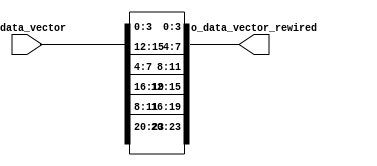
/*------------------------------------------------------------------------------
 -- Project     : CL40010
 -------------------------------------------------------------------------------
 -- File        : common_a1a2b1b2_to_a1b1a2b2_rewire.v
 -- Author      : Ramiro R. Lopez
 -- Originator  : Clariphy Argentina S.A.
 -- Date        : 2010-10-12
 --
 -- Rev 0       : Initial release. RRL.
 --
 -- $Id: common_a1a2b1b2_to_a1b1a2b2_rewire.v 8248 2016-09-14 14:37:55Z rlopez $
 -------------------------------------------------------------------------------
 -- Description : .
 -------------------------------------------------------------------------------
 -- Copyright (C) 2009 ClariPhy Argentina S.A.  All rights reserved 
 ------------------------------------------------------------------------------*/

//`timescale  1ns/1ps

module common_a1a2b1b2_to_a1b1a2b2_rewire
#(
    // PARAMETERS.
    parameter                                                   NB_SYMBOL           = 4,
    parameter                                                   N_SYMBOLS_X_WORD    = 3,
    parameter                                                   N_WORDS             = 2
)
(
    // OUTPUTS.
    output  wire    [NB_SYMBOL*N_WORDS*N_SYMBOLS_X_WORD-1:0]    o_data_vector_rewired,
    // INPUTS.
    input   wire    [NB_SYMBOL*N_WORDS*N_SYMBOLS_X_WORD-1:0]    i_data_vector
);

    // For "quick instantiation".
    /*
    common_a1a2b1b2_to_a1b1a2b2_rewire
    #(
        .NB_SYMBOL              (   ),
        .N_SYMBOLS_X_WORD       (   ),
        .N_WORDS                (   )
    )
    u_common_a1a2b1b2_to_a1b1a2b2_rewire
    (
        .o_data_vector_rewired  (   ),
        .i_data_vector          (   )
    );
    */

    // LOCAL PARAMETERS.
    localparam                                                  NB_DATA             = NB_SYMBOL*N_SYMBOLS_X_WORD;


    // INTERNAL SIGNALS.
    genvar                                                      ii;
    genvar                                                      jj;
    wire            [NB_DATA*N_WORDS-1:0]                       data_vector_rewired;



    // ALGORITHM BEGIN.


    // Do rewire: {c[3,2,1,0], b[3,2,1,0], a[3,2,1,0]} --> {c3,b3,a3, c2,b2,a2, c1,b1,a1, c0,b0,a0}
    generate
        for ( ii=0; ii<N_WORDS; ii=ii+1 )
        begin : genfor_rewire_words
            for ( jj=0; jj<N_SYMBOLS_X_WORD; jj=jj+1 )
            begin : genfor_rewire_symbols
                assign  data_vector_rewired[ jj*(N_WORDS*NB_SYMBOL) + NB_SYMBOL*(ii+1) -1 -: NB_SYMBOL ]
                            = i_data_vector[ ii*(NB_DATA) + NB_SYMBOL*(jj+1) -1 -: NB_SYMBOL ];
            end // genfor_rewire_symbols
        end // genfor_rewire_words
    endgenerate


    assign  o_data_vector_rewired
                = data_vector_rewired;


endmodule // common_word_to_symbol_rewire